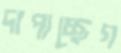
দাপাচ্ছেগ